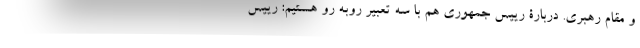
و مقام رهبری. دربارۀ رییس جمهوری هم با سه تعبیر روبه رو هستیم: رییس